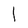
Character: 1